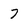
Character: 7